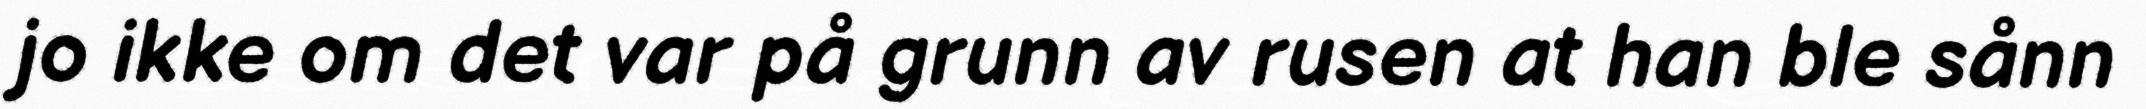
jo ikke om det var på grunn av rusen at han ble sånn